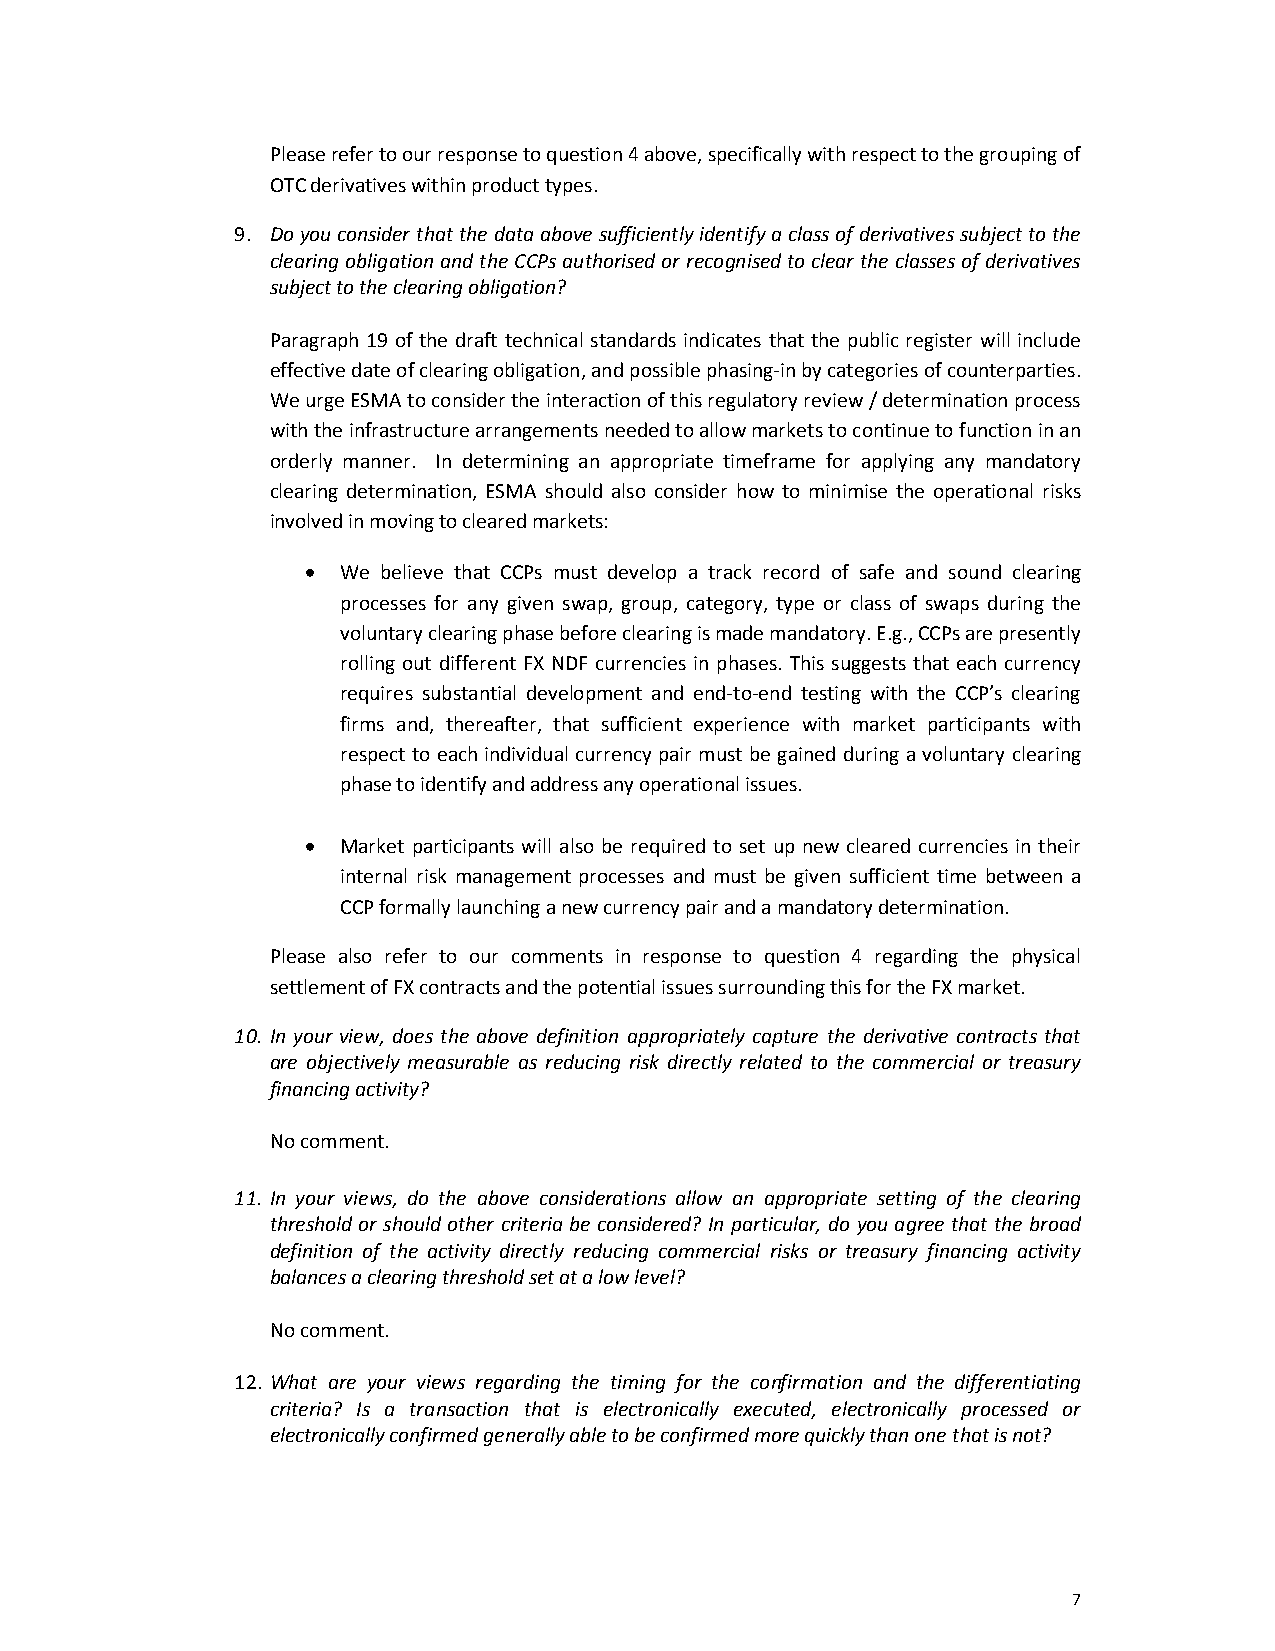
Please refer to our response to question 4 above, specifically with respect to the grouping of
 OTC derivatives within product types.
 9. Do you consider that the data above sufficiently identify a class of derivatives subject to the
 clearing obligation and the CCPs authorised or recognised to clear the classes of derivatives
 subject to the clearing obligation?
 Paragraph 19 of the draft technical standards indicates that the public register will include
 effective date of clearing obligation, and possible phasing-in by categories of counterparties.
 We urge ESMA to consider the interaction of this regulatory review / determination process
 with the infrastructure arrangements needed to allow markets to continue to function in an
 orderly manner. In determining an appropriate timeframe for applying any mandatory
 clearing determination, ESMA should also consider how to minimise the operational risks
 involved in moving to cleared markets:
 •  We believe that CCPs must develop a track record of safe and sound clearing
 processes for any given swap, group, category, type or class of swaps during the
 voluntary clearing phase before clearing is made mandatory. E.g., CCPs are presently
 rolling out different FX NDF currencies in phases. This suggests that each currency
 requires substantial development and end-to-end testing with the CCP’s clearing
 firms and, thereafter, that sufficient experience with market participants with
 respect to each individual currency pair must be gained during a voluntary clearing
 phase to identify and address any operational issues.
 •  Market participants will also be required to set up new cleared currencies in their
 internal risk management processes and must be given sufficient time between a
 CCP formally launching a new currency pair and a mandatory determination.
 Please also refer to our comments in response to question 4 regarding the physical
 settlement of FX contracts and the potential issues surrounding this for the FX market.
 10. In your view, does the above definition appropriately capture the derivative contracts that
 are objectively measurable as reducing risk directly related to the commercial or treasury
 financing activity?
 No comment.
 11. In your views, do the above considerations allow an appropriate setting of the clearing
 threshold or should other criteria be considered? In particular, do you agree that the broad
 definition of the activity directly reducing commercial risks or treasury financing activity
 balances a clearing threshold set at a low level?
 No comment.
 12. What are your views regarding the timing for the confirmation and the differentiating
 criteria? Is a transaction that is electronically executed, electronically processed or
 electronically confirmed generally able to be confirmed more quickly than one that is not?
 7